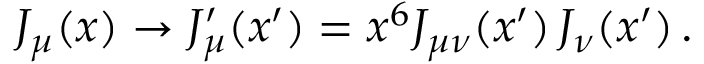
J _ { \mu } ( x ) \rightarrow J _ { \mu } ^ { \prime } ( x ^ { \prime } ) = x ^ { 6 } J _ { \mu \nu } ( x ^ { \prime } ) \, J _ { \nu } ( x ^ { \prime } ) \, .